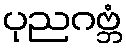
ပုညဂဗ္ဘံ